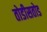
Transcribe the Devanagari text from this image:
तोडीसतोड